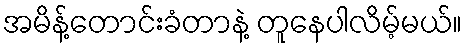
အမိန့်တောင်းခံတာနဲ့ တူနေပါလိမ့်မယ်။